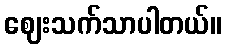
ဈေးသက်သာပါတယ်။